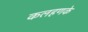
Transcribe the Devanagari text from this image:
कलहणके